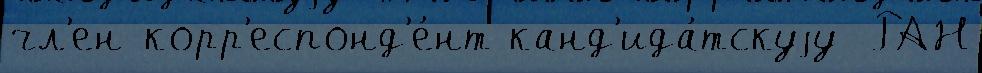
чл'ен-корр'еспонд'е́нт канд'ида́тскуjу  РАН